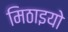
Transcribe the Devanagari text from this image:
मिठाइयो